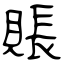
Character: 賬